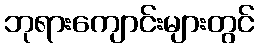
ဘုရားကျောင်းများတွင်